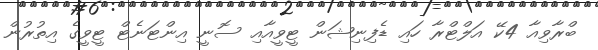
ބްރާވިއާ 4ކޭ އަލްޓްރާ ހައި ޑެފިނިޝަން ޓީވީއާއި ސޮނީ އިންޓަނެޓް ޓީވީގެ އިތުރުން